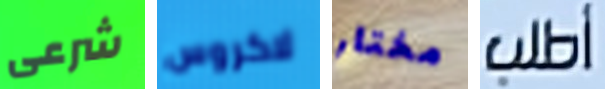
شرعى لاكروس مختار أطلب